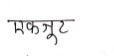
मजकूर: एकजूट